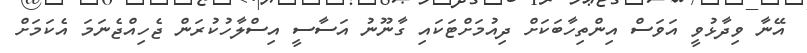
އޭނާ ވިދާޅުވީ އަވަސް އިންތިހާބަކަށް ދިއުމަށްޓަކައި ގާނޫނު އަސާސީ އިސްލާހުކުރަން ޖެހިއްޖެނަމަ އެކަމަށް